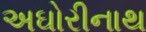
અઘોરીનાથ